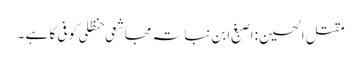
مقتل الحسین :اصبغ ابن نباتہ مجاشعی حنظلی کوفی کا ہے ۔